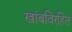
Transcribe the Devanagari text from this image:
खांबविरहित